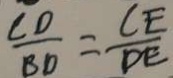
\frac { C D } { B D } = \frac { C E } { D E }